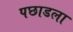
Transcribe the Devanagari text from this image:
पछाडला